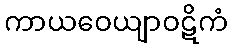
ကာယဝေယျာဝဋိကံ